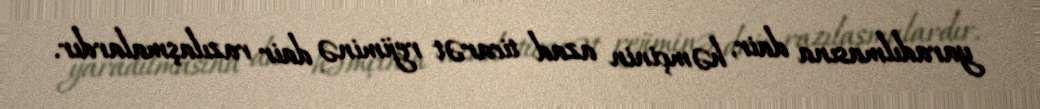
yaradılmasına dair, həmçinin azad ticarət rejiminə dair razılaşmalardır.